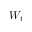
W _ { t }